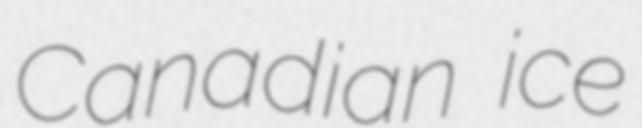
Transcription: Canadian ice